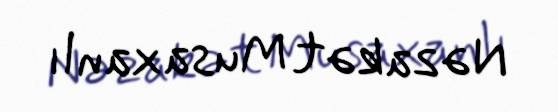
Nəzakət Musaxanlı